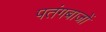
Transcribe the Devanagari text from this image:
पतंगबाजों